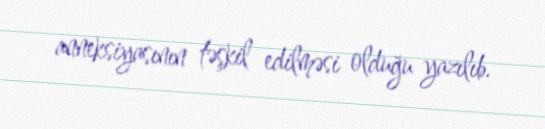
anneksiyasının təşkil edilməsi olduğu yazılıb.